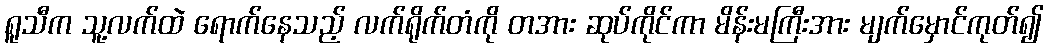
ရူသီက သူ့လက်ထဲ ရောက်နေသည့် လက်ရိုက်တံကို တအား ဆုပ်ကိုင်ကာ မိန်းမကြီးအား မျက်မှောင်ကုတ်၍